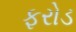
ફરોડ